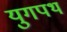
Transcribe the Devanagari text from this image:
युगपथ